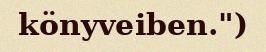
könyveiben.")